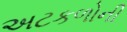
અટકળોની